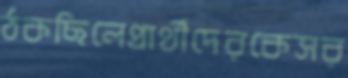
ঠকছিলেপ্রার্থীদেরকেসর